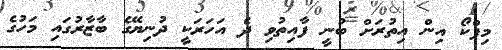
މިފްކޯ އިން އިތުރަށް ބުނީ ފާއިތުވި ދެ އަހަރަކީ ދުނިޔޭގެ ބާޒާރުގައި މަހުގެ